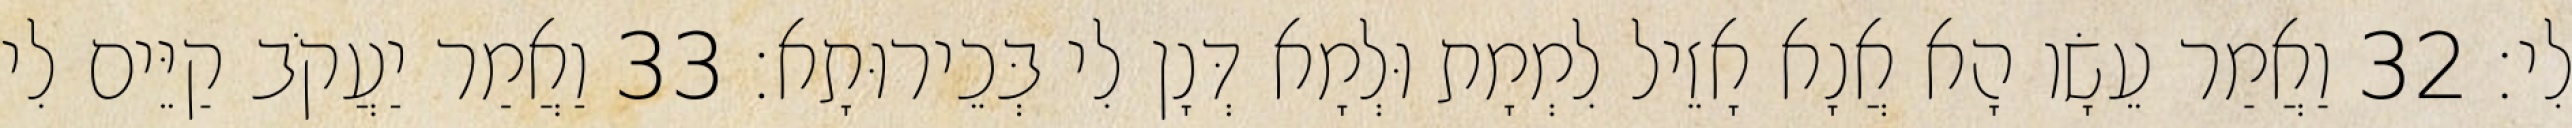
לִי׃ 32 וַאֲמַר עֵשָׂו הָא אֲנָא אָזֵיל לִמְמָת וּלְמָא דְּנָן לִי בְּכֵירוּתָא׃ 33 וַאֲמַר יַעֲקֹב קַיֵּים לִי